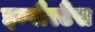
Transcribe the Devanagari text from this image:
इम्पौरटैंस